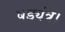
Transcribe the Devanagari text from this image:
षड्यंत्र।